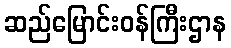
ဆည်မြောင်းဝန်ကြီးဌာန